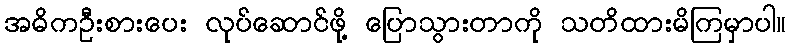
အဓိကဦးစားပေး လုပ်ဆောင်ဖို့ ပြောသွားတာကို သတိထားမိကြမှာပါ။